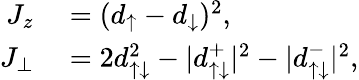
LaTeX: \begin{array}{rl}{J_{z}}&{{}=(d_{\uparrow}-d_{\downarrow})^{2},}\\ {J_{\perp}}&{{}=2d_{\uparrow\downarrow}^{2}-|d_{\uparrow\downarrow}^{+}|^{2}-|d_{\uparrow\downarrow}^{-}|^{2},}\end{array}